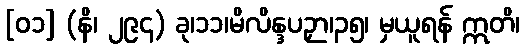
[၀၁] (နိ၊ ၂၉၄) ခု၊၁၁၊မိလိန္ဒပဉှာ၊၃၅၊ မှယူရန် ဣတိ၊